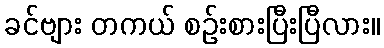
ခင်ဗျား တကယ် စဉ်းစားပြီးပြီလား။